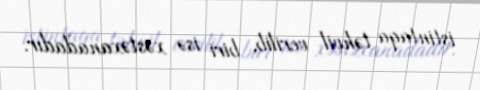
istintaqa təhvil verilib, biri isə xəstəxanadadır.